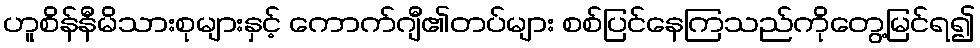
ဟူစိန်နီမိသားစုများနှင့် ကောက်ဂျီ၏တပ်များ စစ်ပြင်နေကြသည်ကိုတွေ့မြင်ရ၍